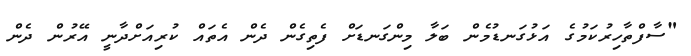
"ސާފްތާހިރުކަމުގެ އަޅުގަނޑުމެން ބަލާ މިންގަނޑަށް ފެތިގެން ދެން އެތައް ކުރިއަށްދާނީ އޭރުން ދެން